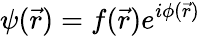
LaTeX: \psi(\vec{r})=f(\vec{r})e^{i\phi(\vec{r})}